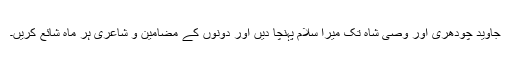
جاوید چودھری اور وصی شاہ تک میرا سلام پہنچا دیں اور دونوں کے مضامین و شاعری ہر ماہ شائع کریں۔